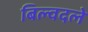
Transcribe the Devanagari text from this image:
बिल्वदले